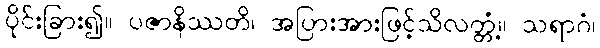
ပိုင်းခြား၍။ ပဇာနိဿတိ၊ အပြားအားဖြင့်သိလတ္တံ့။ သရာဂံ၊